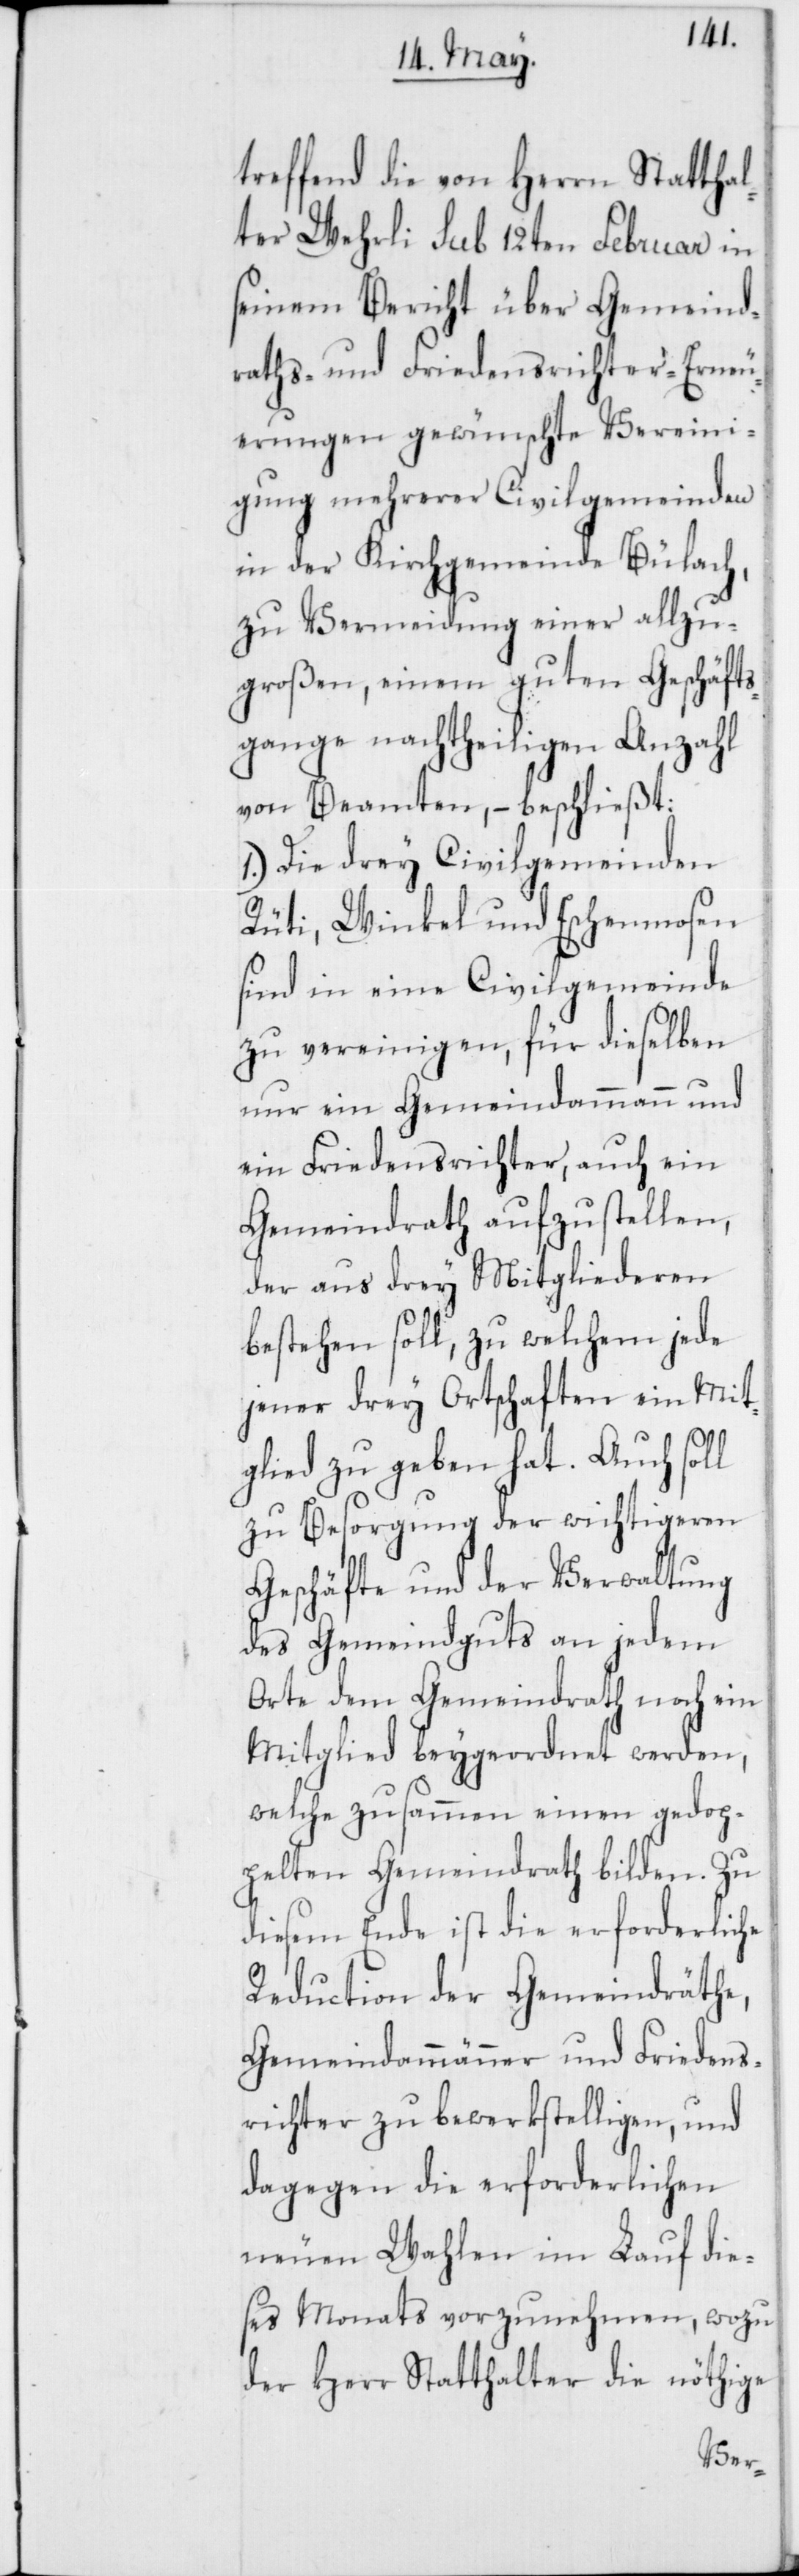
treffend die von Herrn Statthal¬
ter Wehrli sub 12ten Februar in
seinem Bericht über Gemeind¬
raths- und Friedensrichter-Erneu¬
erungen gewünschte Vereini¬
gung mehrerer Civilgemeinden
in der Kirchgemeinde Bülach,
zu Vermeidung einer allzu¬
großen, einem guten Geschäfts¬
gange nachtheiligen Anzahl
von Beamten, – beschließt:
1.) Die drey Civilgemeinden
Rüti, Winkel und Eschenmosen
sind in eine Civilgemeinde
zu vereinigen, für dieselben
nur ein Gemeindammann und
ein Friedensrichter, auch ein
Gemeindrath aufzustellen,
der aus drey Mitgliederen
bestehen soll, zu welchem jede
jener drey Ortschaften ein Mit¬
glied zu geben hat. Auch soll
zu Besorgung der wichtigeren
Geschäfte und der Verwaltung
des Gemeindguts an jedem
Orte dem Gemeindrath noch ein
Mitglied beygeordnet werden,
welche zusammen einen gedop¬
pelten Gemeindrath bilden. Zu
diesem Ende ist die erforderliche
Reduction der Gemeindräthe,
Gemeindammänner und Friedens¬
richter zu bewerkstelligen, und
dagegen die erforderlichen
neuen Wahlen im Lauf die¬
ses Monats vorzunehmen, wozu
der Herr Statthalter die nöthige